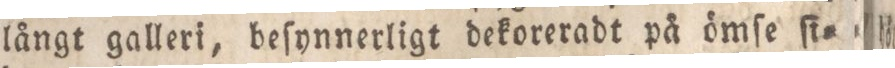
långt galleri, beſynnerligt dekoreradt på ömſe ſi=